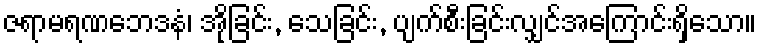
ဇရာမရဏဘေဒနံ၊ အိုခြင်း, သေခြင်း, ပျက်စီးခြင်းလျှင်အကြောင်းရှိသော။